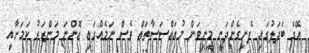
އޭގެ ބަދަލުގައި ފެނިގެންދަނީ މިނިވަން މުއައްސަސާތައް ވެސް ނަމެއްގައި އޮންނަ މަންޒަރު ކަމަށާއި